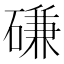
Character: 磏